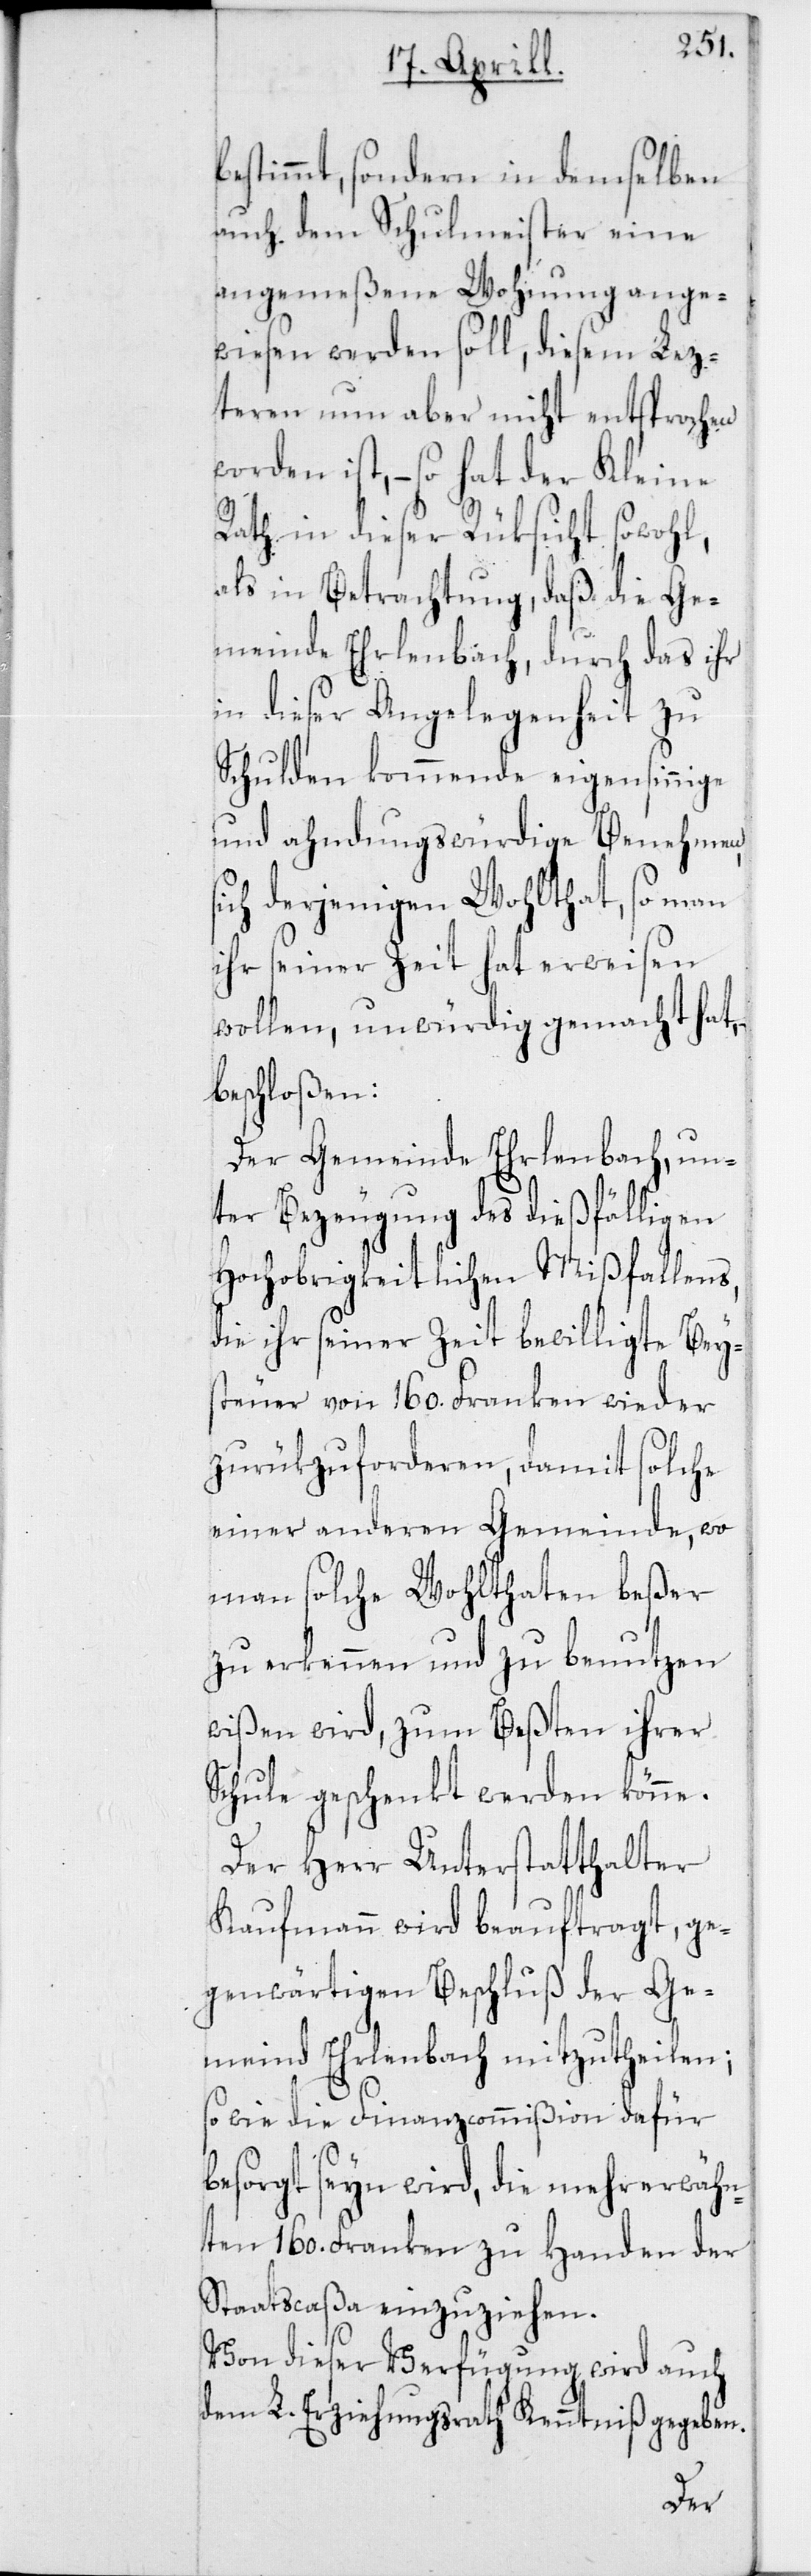
bestimmt, sondern in demselben
auch dem Schulmeister eine
angemeßene Wohnung ange¬
wiesen werden soll, diesem Lez¬
teren nun aber nicht entsprochen
worden ist, – so hat der Kleine
Rath in dieser Rüksicht sowohl,
als in Betrachtung, daß die Ge¬
meinde Erlenbach, durch das ihr
in dieser Angelegenheit zu
Schulden kommende eigensinnige
und ahndungswürdige Benehmen
ich derjenigen Wohlthat, so man
ihr seiner Zeit hat erweisen
wollen, unwürdig gemacht hat,
beschloßen:
Der Gemeinde Erlenbach, un¬
ter Bezeugung des dießfälligen
Hochobrigkeitlichen Mißfallens,
die ihr seiner Zeit bewilligte Beys¬
teuer von 160. Franken wieder
zurükzuforderen, damit solche
einer anderen Gemeinde, wo
man solche Wohlthaten beßer
zu erkennen und zu benutzen
wißen wird, zum Beßten ihrer
Schule geschenkt werden könne.
Der Herr Unterstatthalter
Kaufmann wird beauftragt, ge¬
genwärtigen Beschluß der Ge¬
meind Erlenbach mitzutheilen;
sowie die Finanzcommißion dafür
besorgt seyn wird, die mehrerwähn¬
ten 160. Franken zu Handen der
Staatscaßa einzuziehen.
Von dieser Verfügung wird auch
dem L. Erziehungsrath Kenntniß gegeben.
s¬